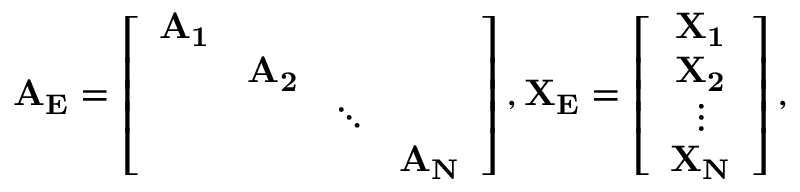
\mathbf { A _ { E } } = \left[ \begin{array} { c c c c } { \mathbf { A _ { 1 } } } & & & \\ & { \mathbf { A _ { 2 } } } & & \\ & & { \ddots } & \\ & & & { \mathbf { A _ { N } } } \end{array} \right] , \mathbf { X _ { E } } = \left[ \begin{array} { c } { \mathbf { X _ { 1 } } } \\ { \mathbf { X _ { 2 } } } \\ { \vdots } \\ { \mathbf { X _ { N } } } \end{array} \right] ,